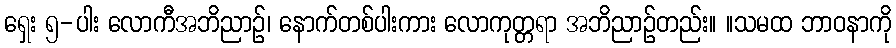
ရှေး ၅-ပါး လောကီအဘိညာဉ်၊ နောက်တစ်ပါးကား လောကုတ္တရာ အဘိညာဉ်တည်း။ ။သမထ ဘာဝနာကို